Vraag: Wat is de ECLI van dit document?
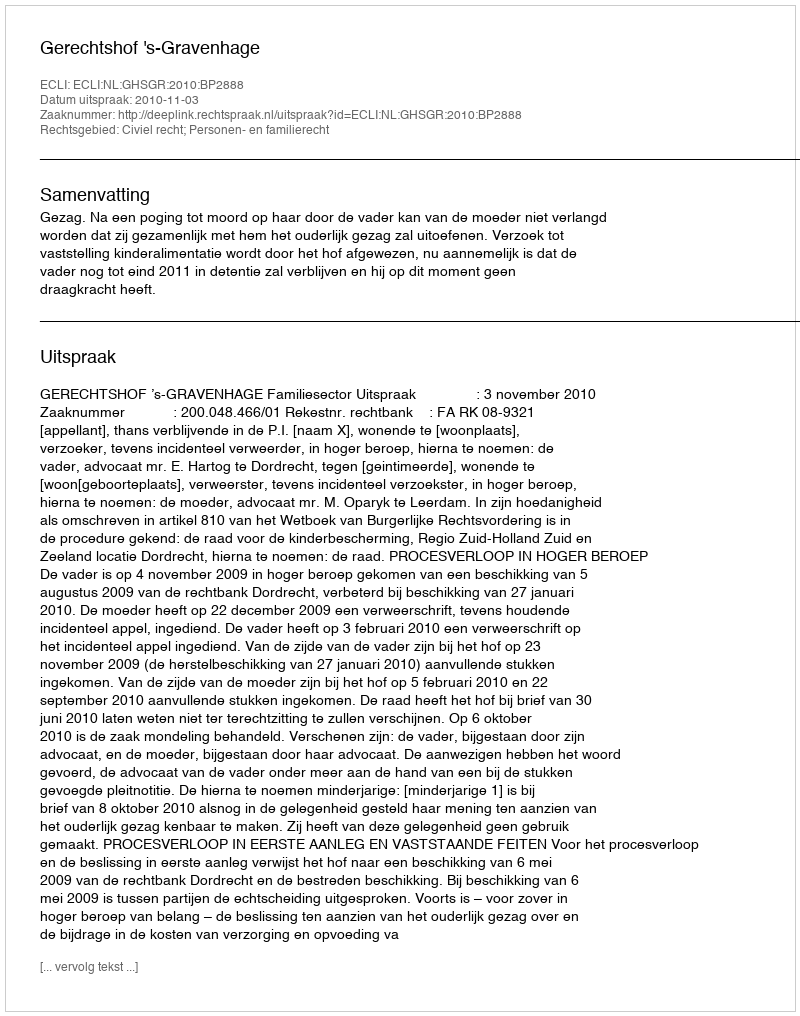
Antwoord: ECLI:NL:GHSGR:2010:BP2888